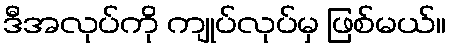
ဒီအလုပ်ကို ကျုပ်လုပ်မှ ဖြစ်မယ်။